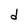
Character: d